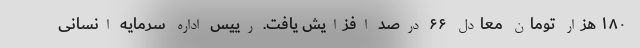
۱۸۰ هزار تومان معادل ۶۶ درصد افزایش یافت. رییس اداره سرمایه انسانی